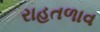
રાહતળાવ